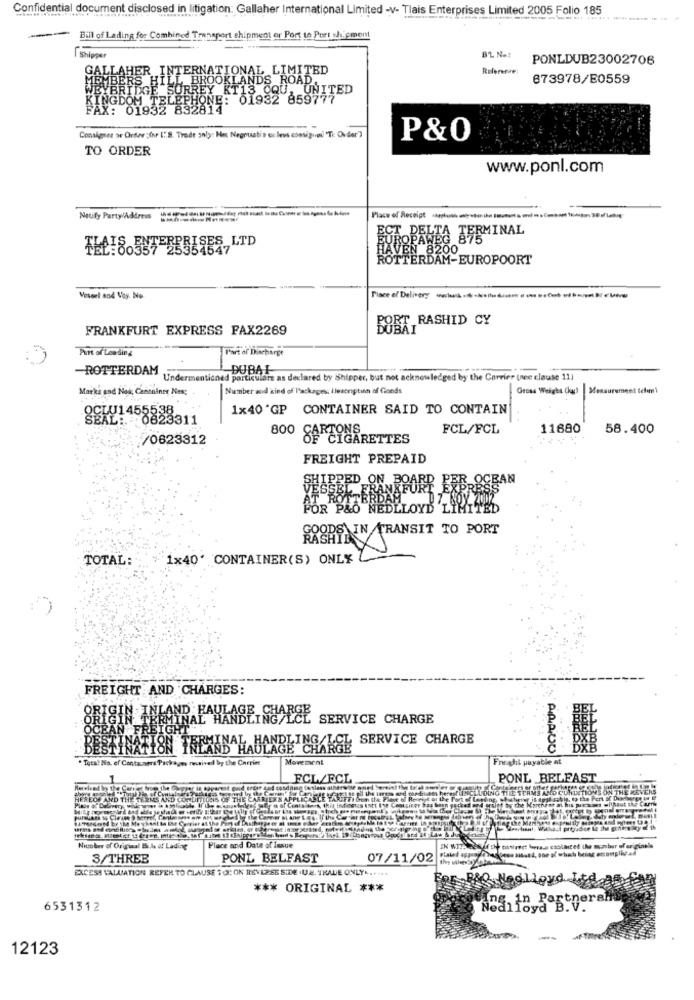
Confidential document disclosed in litigation: Gallaher International Limited -v- Tlais Enterprises Limited 2005 Folio 185
Bill of Lading for Combined Transport shipment or Port to Port shipment
Shipper
PONLDUB23002706
ER INTERNATIONAL LIMITED
BROOKLANDS ROAD.
673978/E0559
REY KT13 CQU, UNITED
HONE: 01932 859777
193;
2814
Consignes se Örter :Ör I: S. Trade only: Han Negotiatie uv levs consigini Tr. Order")
P&0
TO ORDER
www.ponl.com
Notify PartyAddress
TERMINAL
ROPAWEG 875
TEL:00357 25554547
HAVEN 8200
ROTTERDAM-EUROPOORT
Vesort and Vay No
BORT , RASHID CY
FRANKFURT EXPRESS FAX2269
Part of Low ding
l'art of Discharge
ROTTERDAM
DUBAI
Undermentioned particulars as declared by Shipper, but not acknowledged by the Carrier (see clause 11)
Marka end Nos, Cantoiner Nes;
Number and kind of Packages: Ilesonptinn of Gonds
Gross Weight (kg) |Measurement telmi
CLU1455538
1×40'GP CONTAINER SAID TO CONTAIN
0823311
TONS
FCL/FCL
11680
58.400
/0623312
800 OF CIGARETTES
FREIGHT PREPAID
PEAN
HIPPED ON BOARD ERER
FOR P&O NEDLLOYD 'LI
GOODS IN TRANSIT TO PORT
TOTAL:
1x40' CONTAINER(S) ONLY
RASHID
FREIGHT AND CHARGES:
ORIGIN INLAND , HAULAGE
ERMINAL
SERVICE CHARGE
CEAN FREIGHT
SERVICE CHARGE
STINA
THEAND HAULAGE CHA
PLING KEL
ARRIVO
. Tuta? No. ef Contacarre Packages nonived by the Carrim
Movement
Freghl payable at
FCL/FCL
PONL BELFAST
HEREOF AND THE
Niuober of Original Bill of Lading
Place and Date of lesue
3/THREE
PONL BELFAST
07/11/02
EXCESS VALUATION REFER TO CLAUSE 1 0; ON REVERSE SIDE . U.A. TIALLE ONLY ......
&& Noglloyd
*** ORIGINAL ***
6531312
12123